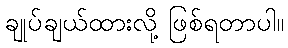
ချုပ်ချယ်ထားလို့ ဖြစ်ရတာပါ။